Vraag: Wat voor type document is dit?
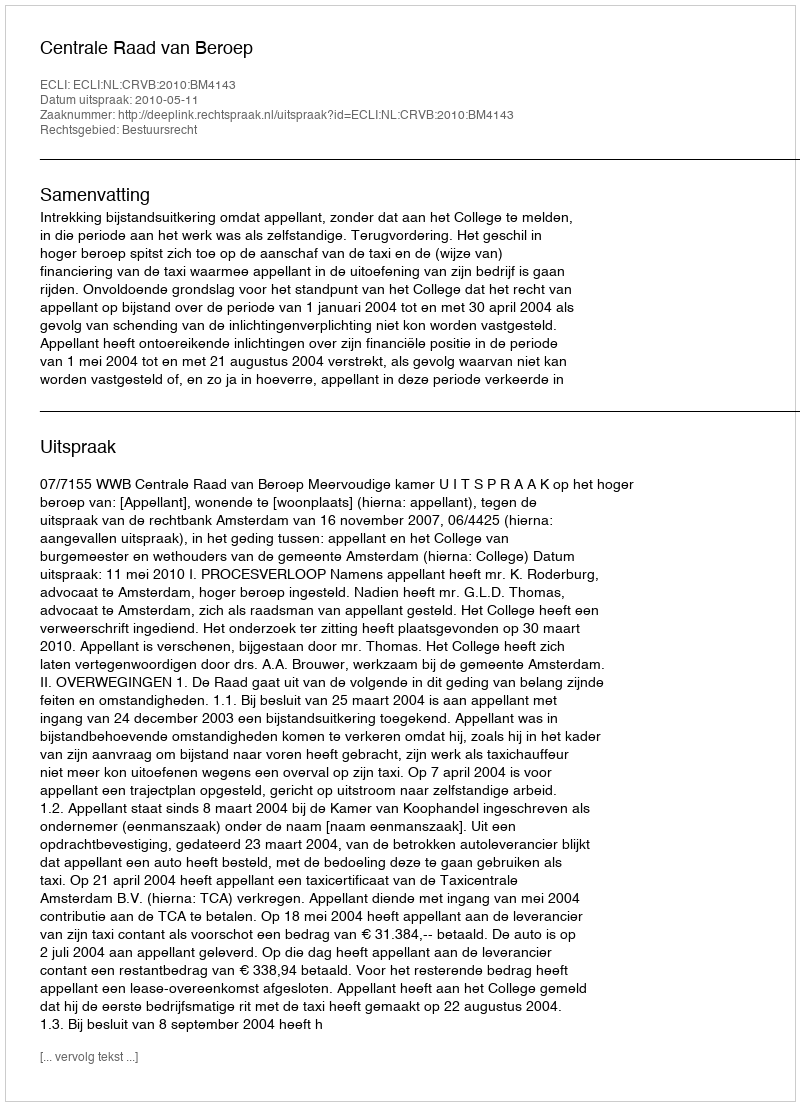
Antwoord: Uitspraak